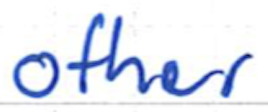
Text: other
Cross-out: clean
Writing tool: ballpoint